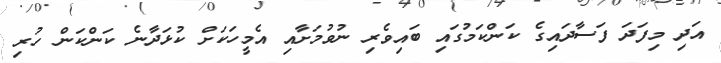
އަދި މިފަދަ ފަސާދައިގެ ކަންކަމުގައި ބައިވެރި ނުވުމަށާއި އެމީހަކަށް ކުޅަދާނެ ކަންކަން ހުރި